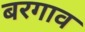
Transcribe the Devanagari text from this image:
बरगाव